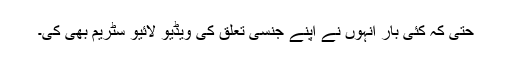
حتیٰ کہ کئی بار انہوں نے اپنے جنسی تعلق کی ویڈیو لائیو سٹریم بھی کی۔